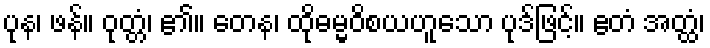
ပုန၊ ဖန်။ ဝုတ္တံ၊ ၏။ တေန၊ ထိုဓမ္မဝိစယဟူသော ပုဒ်ဖြင့်။ ဧတံ အတ္ထံ၊